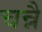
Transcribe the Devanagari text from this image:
चन्नै